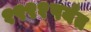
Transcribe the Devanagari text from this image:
१९९१पर्यंत